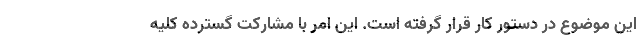
این موضوع در دستور کار قرار گرفته است. این امر با مشارکت گسترده کلیه